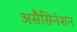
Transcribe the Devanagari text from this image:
असैसिनेशन